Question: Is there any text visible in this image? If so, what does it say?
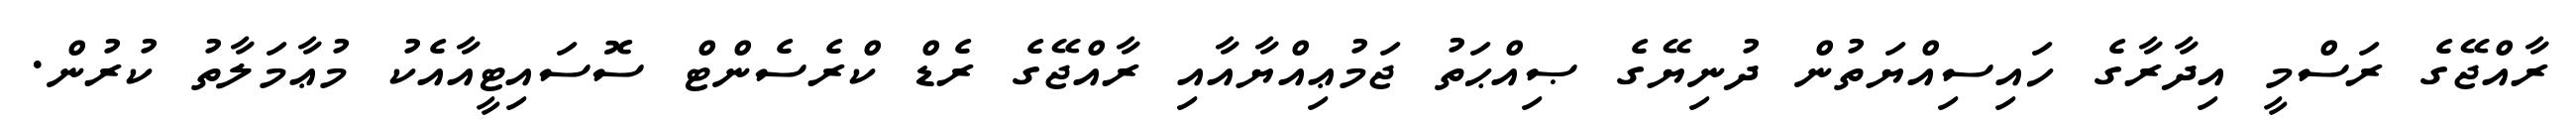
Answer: ރާއްޖޭގެ ރަސްމީ އިދާރާގެ ހައިސިއްޔަތުން ދުނިޔޭގެ ޞިއްޙަތު ޖަމުޢިއްޔާއާއި ރާއްޖޭގެ ރެޑް ކްރެސެންޓް ސޮސައިޓީއާއެކު މުޢާމަލާތު ކުރުން.